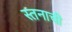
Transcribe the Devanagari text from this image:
स्तनाची